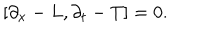
\left[ \partial _ { x } - L , \partial _ { t } - T \right] = 0 .